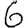
Digit: 6